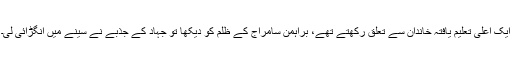
ایک اعلیٰ تعلیم یافتہ خاندان سے تعلق رکھتے تھے، براہمن سامراج کے ظلم کو دیکھا تو جہاد کے جذبے نے سینے میں انگڑائی لی۔